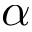
\alpha